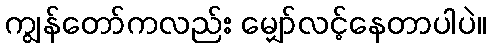
ကျွန်တော်ကလည်း မျှော်လင့်နေတာပါပဲ။